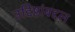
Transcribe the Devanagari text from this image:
उद्दिष्टांबद्दल